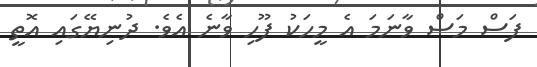
ފަސް މަސް ވާނަމަ އެ މީހަކު ފޫހި ވާނެ އެވެ. ދުނިޔޭގައި އޮތީ